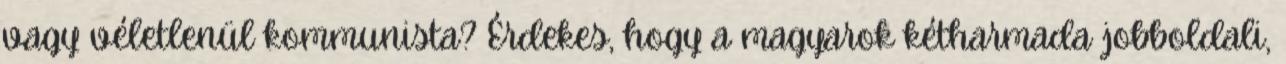
vagy véletlenül kommunista? Érdekes, hogy a magyarok kétharmada jobboldali,